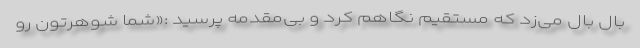
بال بال می‌زد که مستقیم نگاهم کرد و بی‌مقدمه پرسید :«شما شوهرتون رو